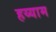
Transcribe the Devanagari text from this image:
हय्याम